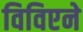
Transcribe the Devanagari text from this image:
विविएने